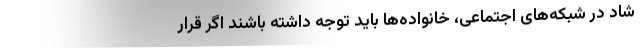
شاد در شبکه‌های اجتماعی، خانواده‌ها باید توجه داشته باشند اگر قرار